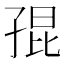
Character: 𡥵